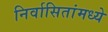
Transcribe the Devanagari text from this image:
निर्वासितांमध्ये